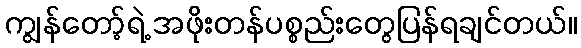
ကျွန်တော့်ရဲ့ အဖိုးတန်ပစ္စည်းတွေပြန်ရချင်တယ်။